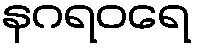
နဂရဝရေ